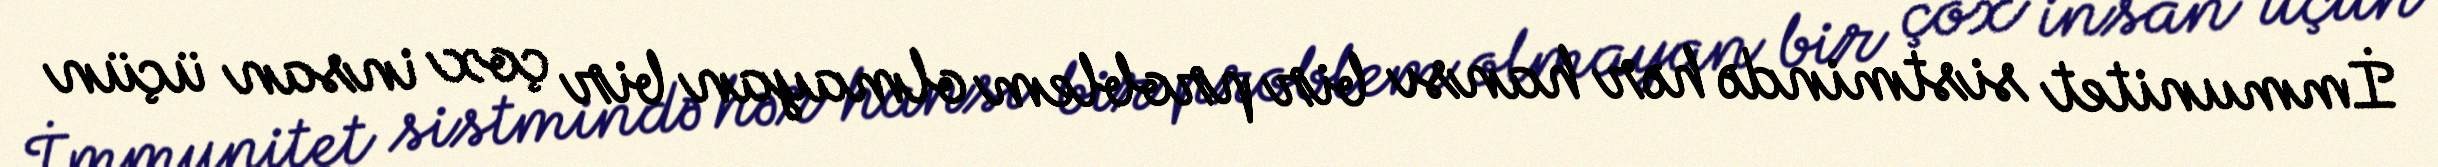
İmmunitet sistmində hər hansı bir problem olmayan bir çox insan üçün